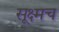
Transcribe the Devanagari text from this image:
सूक्ष्मच